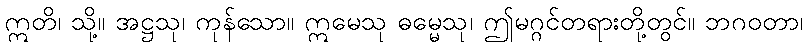
ဣတိ၊ သို့။ အဋ္ဌသု၊ ကုန်သော။ ဣမေသု ဓမ္မေသု၊ ဤမဂ္ဂင်တရားတို့တွင်။ ဘဂဝတာ၊